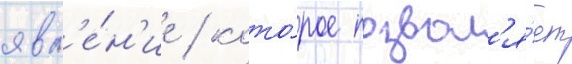
явл'е́н'ие / кото́рое позвол'я́ет